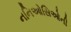
નનિઓસિઓની